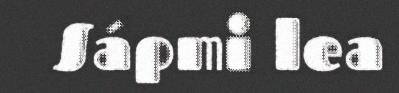
Sápmi lea